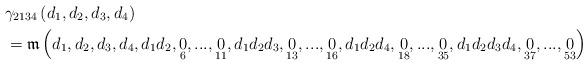
LaTeX: \begin{align*}& \gamma_{2134}\left( d_{1},d_{2},d_{3},d_{4}\right) \\& =\mathfrak{m}\left( d_{1},d_{2},d_{3},d_{4},d_{1}d_{2},\underset{6}{0},...,\underset{11}{0},d_{1}d_{2}d_{3},\underset{13}{0},...,\underset{16}{0},d_{1}d_{2}d_{4},\underset{18}{0},...,\underset{35}{0},d_{1}d_{2}d_{3}d_{4},\underset{37}{0},...,\underset{53}{0}\right)\end{align*}